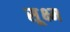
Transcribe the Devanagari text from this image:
सू़क्ष्म